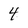
Character: 4